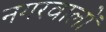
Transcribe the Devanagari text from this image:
नगरवालों